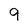
Character: 9